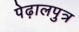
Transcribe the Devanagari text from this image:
पेढ़ालपुत्र